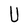
Character: U